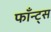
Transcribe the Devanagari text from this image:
फाँन्‍ट्‌स